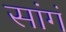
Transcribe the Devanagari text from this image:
सांगं